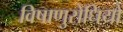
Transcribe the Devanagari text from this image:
विषाणुरोधियों